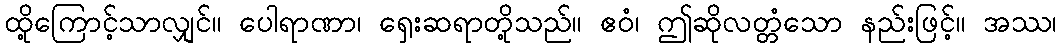
ထို့ကြောင့်သာလျှင်။ ပေါရာဏာ၊ ရှေးဆရာတို့သည်။ ဧဝံ၊ ဤဆိုလတ္တံသော နည်းဖြင့်။ အဿ၊